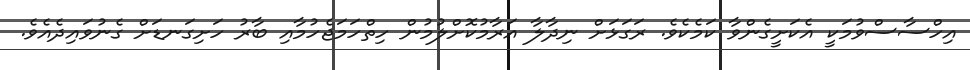
އިހްސާސްވުމަކީ އެކަށީގެންވާ ކަމެކެވެ. ރަގަޅަށް ނިދާލާ އަރާމުކޮށްލުމުން ހިތްހަމަޖެހުމާއި ބާރު ހަށިގަނޑަށް ގެނުވައިދެއެވެ.